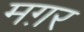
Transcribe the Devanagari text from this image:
मग़र